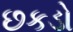
છકડો